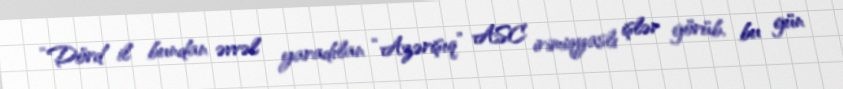
“Dörd il bundan əvvəl yaradılan “Azərişıq” ASC irimiqyaslı işlər görüb, bu gün